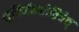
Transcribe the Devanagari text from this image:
शुचिर्नकरोतिचेत्